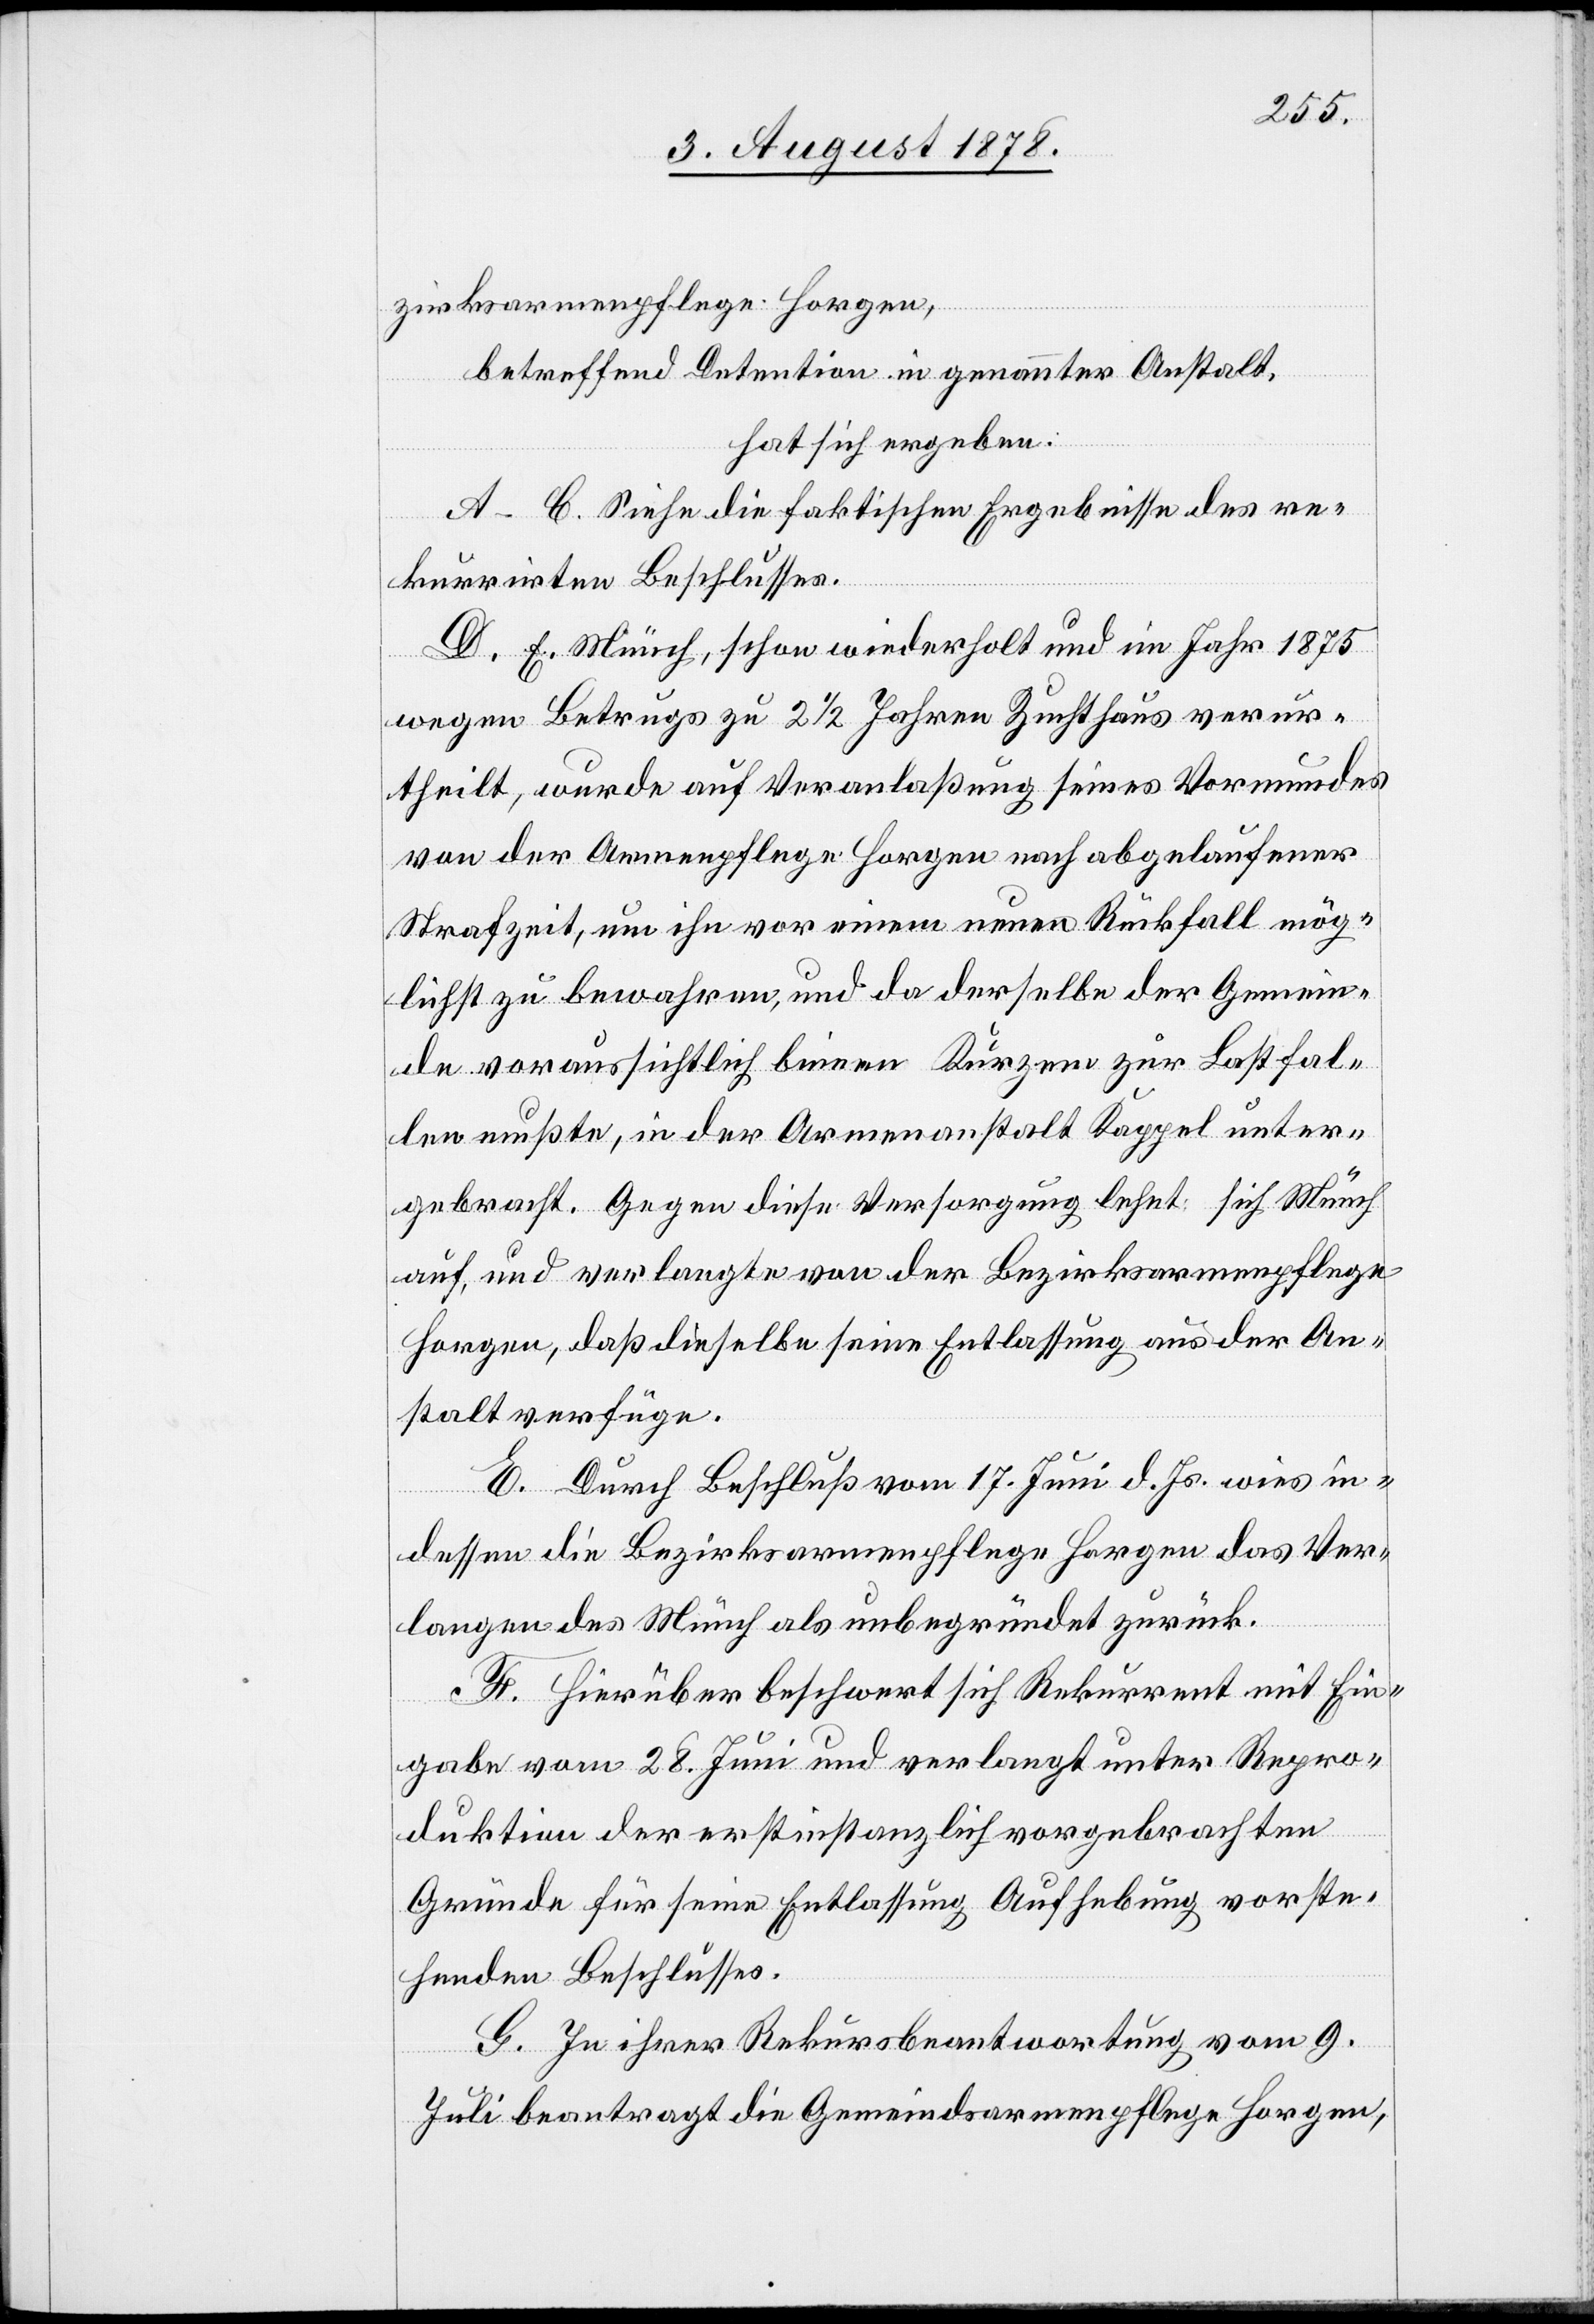
zirksarmenpflege Horgen,
betreffend Detention in genannter Anstalt,
hat sich ergeben:
A–C. Siehe die faktischen Ergebnisse des re¬
kurrirten Beschlusses.
D. E. Münch, schon wiederholt und im Jahr 1875
wegen Betrugs zu 2 1/2 Jahren Zuchthaus verur¬
theilt, wurde auf Veranlaßung seines Vormundes
von der Armenpflege Horgen nach abgelaufener
Strafzeit, um ihn vor einem neuen Rückfall mög¬
lichst zu bewahren, und da derselbe der Gemein¬
de voraussichtlich binnen Kurzem zur Last fal¬
len mußte, in der Armenanstalt Kappel unter¬
gebracht. Gegen diese Versorgung lehnt sich Münch
auf, und verlangte von der Bezirksarmenpflege
Horgen, daß dieselbe seine Entlassung aus der An¬
stalt verfüge.
E. Durch Beschluß vom 17. Juni d. Js. wies in¬
dessen die Bezirksarmenpflege Horgen das Ver¬
langen des Münch als unbegründet zurück.
F. Hierüber beschwert sich Rekurrent mit Ein¬
gabe vom 28. Juni und verlangt unter Repro¬
duktion der erstinstanzlich vorgebrachten
Gründe für seine Entlassung Aufhebung vorste¬
henden Beschlusses.
G. In ihrer Rekursbeantwortung vom 9.
Juli beantragt die Gemeindsarmenpflege Horgen,